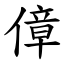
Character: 傽